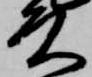
殿